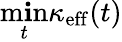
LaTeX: \operatorname*{m\mathbf{i}n}_{t}\kappa_{\mathrm{{eff}}}(t)